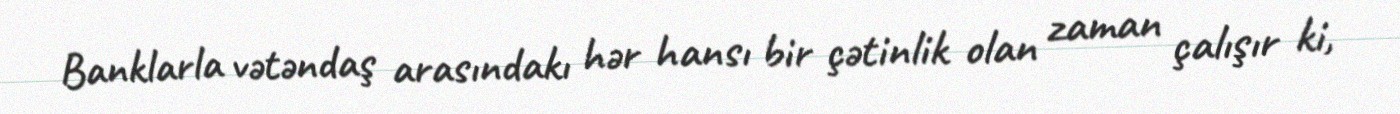
Banklarla vətəndaş arasındakı hər hansı bir çətinlik olan zaman çalışır ki,